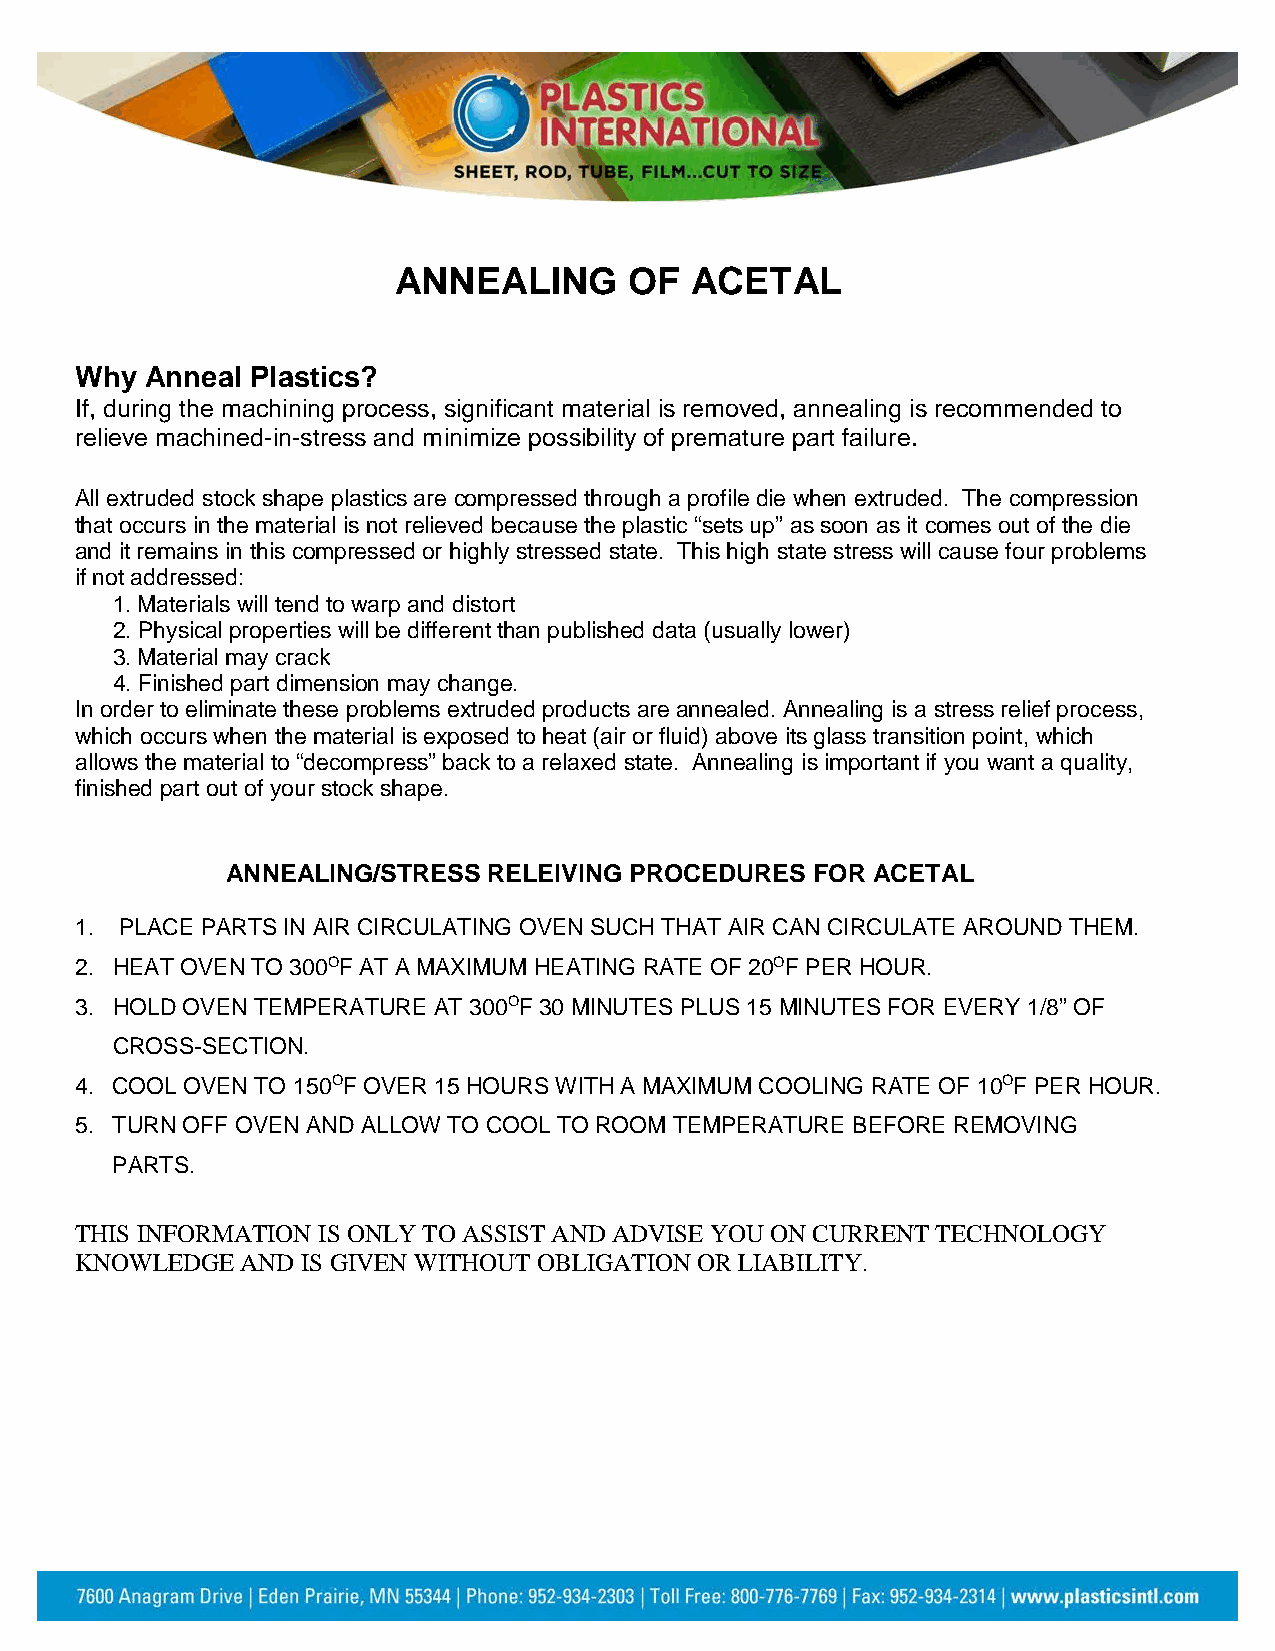
ANNEALING       OF  ACETAL
 Why  Anneal Plastics?
 If, during the machining process, significant material is removed, annealing is recommended to
 relieve machined-in-stress and minimize possibility of premature part failure.
 All extruded stock shape plastics are compressed through a profile die when extruded. The compression
 that occurs in the material is not relieved because the plastic “sets up” as soon as it comes out of the die
 and it remains in this compressed or highly stressed state. This high state stress will cause four problems
 if not addressed:
 1. Materials will tend to warp and distort
 2. Physical properties will be different than published data (usually lower)
 3. Material may crack
 4. Finished part dimension may change.
 In order to eliminate these problems extruded products are annealed. Annealing is a stress relief process,
 which occurs when the material is exposed to heat (air or fluid) above its glass transition point, which
 allows the material to “decompress” back to a relaxed state. Annealing is important if you want a quality,
 finished part out of your stock shape.
 ANNEALING/STRESS RELEIVING PROCEDURES  FOR ACETAL
 1. PLACE PARTS IN AIR CIRCULATING OVEN SUCH THAT AIR CAN CIRCULATE AROUND THEM.
 2. HEAT OVEN TO 300OF AT A MAXIMUM HEATING RATE OF 20OF PER HOUR.
 3. HOLD OVEN TEMPERATURE AT 300OF 30 MINUTES PLUS 15 MINUTES FOR EVERY 1/8” OF
 CROSS-SECTION.
 4. COOL OVEN TO 150OF OVER 15 HOURS WITH A MAXIMUM COOLING RATE OF 10OF PER HOUR.
 5. TURN OFF OVEN AND ALLOW TO COOL TO ROOM TEMPERATURE BEFORE REMOVING
 PARTS.
 THIS INFORMATION IS ONLY TO ASSIST AND ADVISE YOU ON CURRENT TECHNOLOGY
 KNOWLEDGE  AND IS GIVEN WITHOUT OBLIGATION OR LIABILITY.